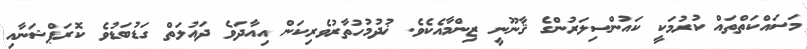
މަަސައްކަތްތައް ކުރުމަކީ ކައުންސިލަރުންގެ ޤާނޫނީ ޒިންމާއެކެވެ. ޚުދުމުހުތާރުވެރިކަން އިއާދަވެ ދައުލަތް ގަޑުބަޑުވެ ކޮރަޕްޝަނާއި